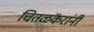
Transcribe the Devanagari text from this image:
चितळकरांनी